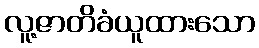
လူ့ဇာတိခံယူထားသော